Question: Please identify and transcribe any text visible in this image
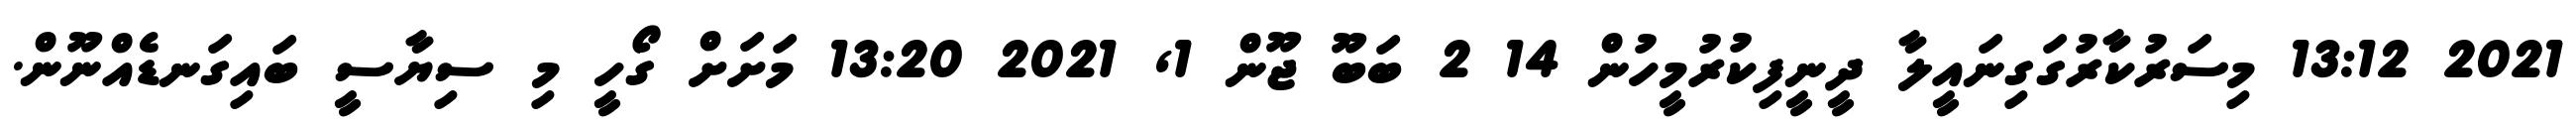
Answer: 2021 13:12 މިސަރުކާރުގަގިނައީލާ ދީނީފިކުރުމީހުން 14 2 ބަބޫ ޖޫން 1, 2021 13:20 މަށަށް ގޯހީ މި ސިޔާސީ ބައިގަނޑެއްނޫން.